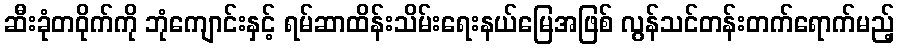
ဆီးခုံတဝိုက်ကို ဘုံကျောင်းနှင့် ရမ်ဆာထိန်းသိမ်းရေးနယ်မြေအဖြစ် လွန်သင်တန်းတက်ရောက်မည့်